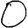
Digit: 0